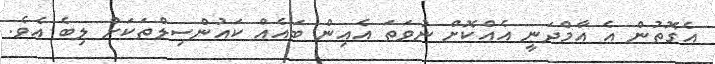
އެގޮތުން އެ އާމްދަނީ އެއްކޮށް ނުވަތަ އެއިން ބައެއް ކައުންސިލްތަކަށް ލިބެ އެވެ.